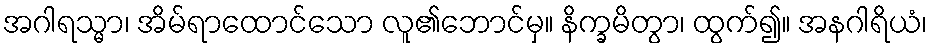
အဂါရသ္မာ၊ အိမ်ရာထောင်သော လူ၏ဘောင်မှ။ နိက္ခမိတွာ၊ ထွက်၍။ အနဂါရိယံ၊